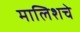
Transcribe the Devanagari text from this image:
मालिशचे